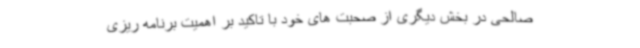
صالحی در بخش دیگری از صحبت های خود با تاکید بر اهمیت برنامه ریزی